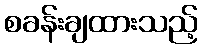
စခန်းချထားသည့်